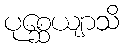
ပုစ္ဆေယျာသိ